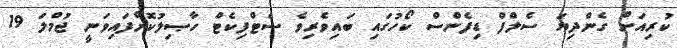
ކުރިއަށް ގެންދިޔަ ސެލްފް ޑިފެންސް ކޯހުގައި ބައިވެރިވެ ސެޓްފިކެޓް ހާޞިލުކޮށްފައިވަނީ ޖުމްލަ 19